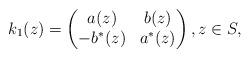
LaTeX: \begin{gather*}k_1(z)=\left(\begin{matrix} a(z)&b(z)\\-b^*(z)&a^*(z)\end{matrix} \right),z\in S,\end{gather*}